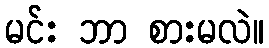
မင်း ဘာ စားမလဲ။